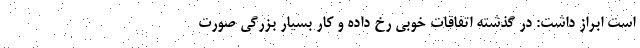
است ابراز داشت: در گذشته اتفاقات خوبی رخ داده و کار بسیار بزرگی صورت